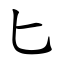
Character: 匕